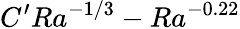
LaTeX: C^{\prime}Ra^{-1/3}-Ra^{-0.22}